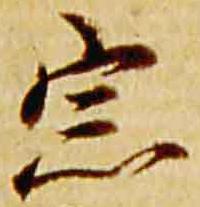
宗